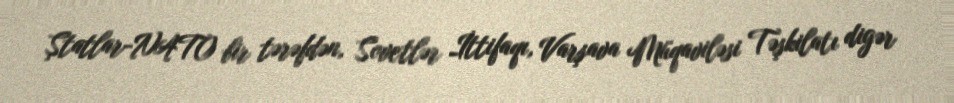
Ştatlar-NATO bir tərəfdən, Sovetlər İttifaqı, Varşava Müqaviləsi Təşkilatı digər